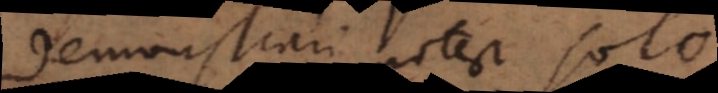
demonstrari potest solo